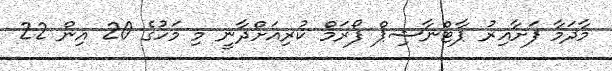
މާދަމާ ފަށާއިރު ޕާޓްނާޝިޕް ފޯރަމް ކުރިއަށްދާނީ މި މަހުގެ 20 އިން 22